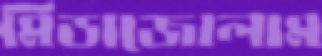
মিডাজোলাম